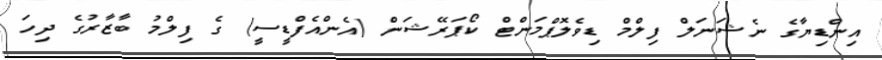
އިންޑިޔާގެ ނެޝަނަލް ފިލްމް ޑިވެލޮޕްމަންޓް ކޯޕަރޭޝަން (އެންއެފްޑީސީ) ގެ ފިލްމު ބާޒާރުގެ ދިހަ